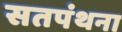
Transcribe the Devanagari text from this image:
सतपंथना